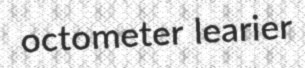
octometer learier